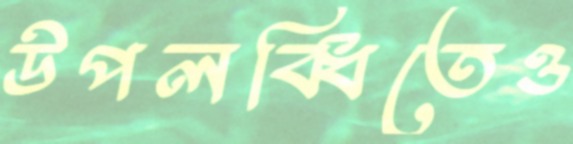
উপলব্ধিতেও